Report on the treatment of epidemic cholera: from information collected by the governments of Bengal, Madras, Bombay, N.W. Provinces, Punjab, Oudh, and Central India, by order of the Government of India
Disease focus: Cholera
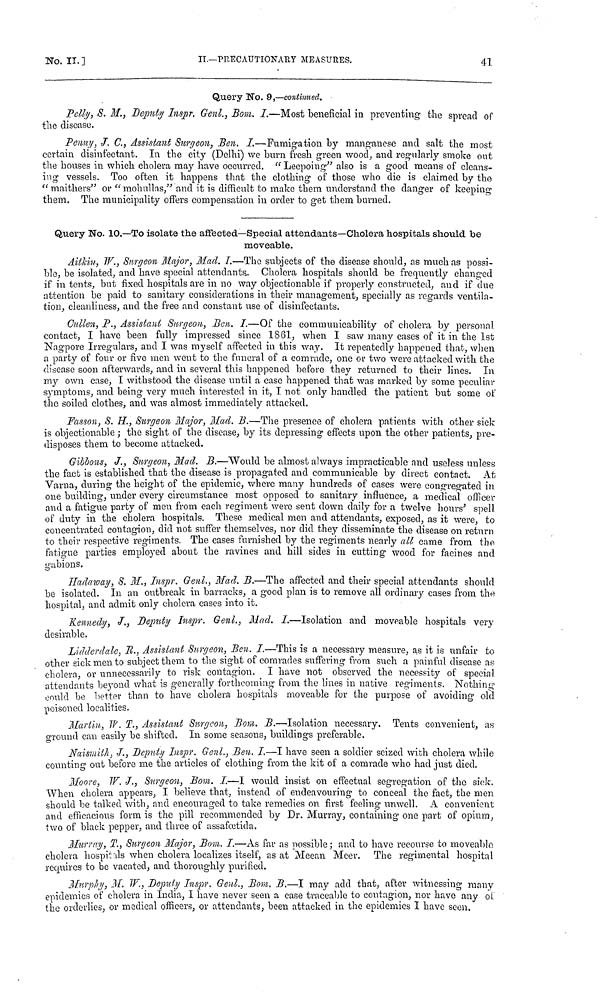
No.
II.]
II.—PRECAUTIONARY MEASURES.
41
Query No. 9,—continued.
Pelly, S. M., Deputy Inspr. Genl., Bom. I.—Most beneficial in preventing the spread of
the disease.
Penny, J. C., Assistant Surgeon, Ben. I.—Fumigation by manganese and salt the most
certain disinfectant. In the city (Delhi) we burn fresh green wood, and regularly smoke out
the houses in which cholera may have occurred. " Leepoing" also is a good means of cleans-
ing vessels. Too often it happens that the clothing of those who die is claimed by the
" maithers" or "mohullas," and it is difficult to make them understand the danger of keeping
them. The municipality offers compensation in order to get them burned.
Query No. 10.—To isolate the affected—Special attendants—Cholera hospitals shouild be
moveable.
Ailkin, W., Surgeon Major, Mad. I.—The subjects of the disease should, as much as possi-
ble, be isolated, and have special attendants. Cholera hospitals should be frequently changed
if in tents, but fixed hospitals are in no way objectionable if properly constructed, and if due
attention be paid to sanitary considerations in their management, specially as regards ventila-
tion, cleanliness, and the free and constant use of disinfectants.
Cullen, P., Assistant Surgeon, Ben. I.—Of the communicability of cholera by personal
contact, I have been fully impressed since 1861, when I saw many cases of it in the 1st
Nagpore Irregulars, and I was myself affected in this way. It repeatedly happened that, when
a party of four or five men went to the funeral of a comrade, one or two were attacked with the
disease soon afterwards, and in several this happened before they returned to their lines. In
my own case, I withstood the disease until a case happened that was marked by some peculiar
symptoms, and being very much interested in it, I not only handled the patient but some of
the soiled clothes, and was almost immediately attacked.
Fasson, S. H., Surgeon Major, Mad. B.—The presence of cholera patients with other sick
is objectionable ; the sight of the disease, by its depressing effects upon the other patients, pre-
disposes them to become attacked.
Gibbons, J., Surgeon, Mad. B.—Would be almost always impracticable and useless unless
the fact is established that the disease is propagated and communicable by direct contact. At
Varna, during the height of the epidemic, where many hundreds of cases were congregated in
one building, under every circumstance most opposed to sanitary influence, a medical officer
and a fatigue party of men from each regiment were sent down daily for a twelve hours' spell
of duty in the cholera hospitals. These medical men and attendants, exposed, as it were, to
concentrated contagion, did not suffer themselves, nor did they disseminate the disease on return
to their respective regiments. The cases furnished by the regiments nearly all came from the
fatigue parties employed about the ravines and hill sides in cutting wood for facines and
gabions.
o
Hadaway, S. M., Inspr. Genl., Mad. B.—The affected and their special attendants should
be isolated. In an outbreak in barracks, a good plan is to remove all ordinary cases from the
hospital, and admit only cholera cases into it.
Kennedy, J., Deputy Inspr. Genl., Mad. I.—Isolation and moveable hospitals very
desirable.
Lidderdale, R., Assistant Surgeon, Ben. I.—This is a necessary measure, as it is unfair to
other sick men to subject them to the sight of comrades suffering from such a painful disease as
cholera, or unnecessarily to risk contagion. I have not observed the necessity of special
attendants beyond what is generally forthcoming from the lines in native regiments. Nothing-
could be better than to have cholera hospitals moveable for the purpose of avoiding old
poisoned localities.
Martin, W. T., Assistant Surgeon, Bom. B.—Isolation necessary. Tents convenient, as
ground can easily be shifted. In some seasons, buildings preferable.
Naismith. J., Deputy Inspr. Genl., Ben. I.—I have seen a soldier seized with cholera while
counting out before me the articles of clothing from the kit of a comrade who had just died.
Moore, W. J., Surgeon, Bom. I.—I would insist on effectual segregation of the sick.
When cholera appears, I believe that, instead of endeavouring to conceal the fact, the men
should be talked with, and encouraged to take remedies on. first feeling unwell. A convenient
and efficacious form is the pill recommended by Dr. Murray, containing one part of opium,
two of black pepper, and three of assafœtida.
Murray, T., Surgeon Major, Bom. I.—As far as possible ; and to have recourse to moveablo
cholera hospitals when cholera localizes itself, as at Meean Meer. The regimental hospital
requires to be vacated, and thoroughly purified.
Murphy, M. W., Deputy Inspr. Genl., Bom. B.—I may add that, after witnessing many
epidemics of cholera in India, I have never seen a case traceable to contagion, nor have any oí
the orderlies, or medical officers, or attendants, been attacked in the epidemics I have seen.